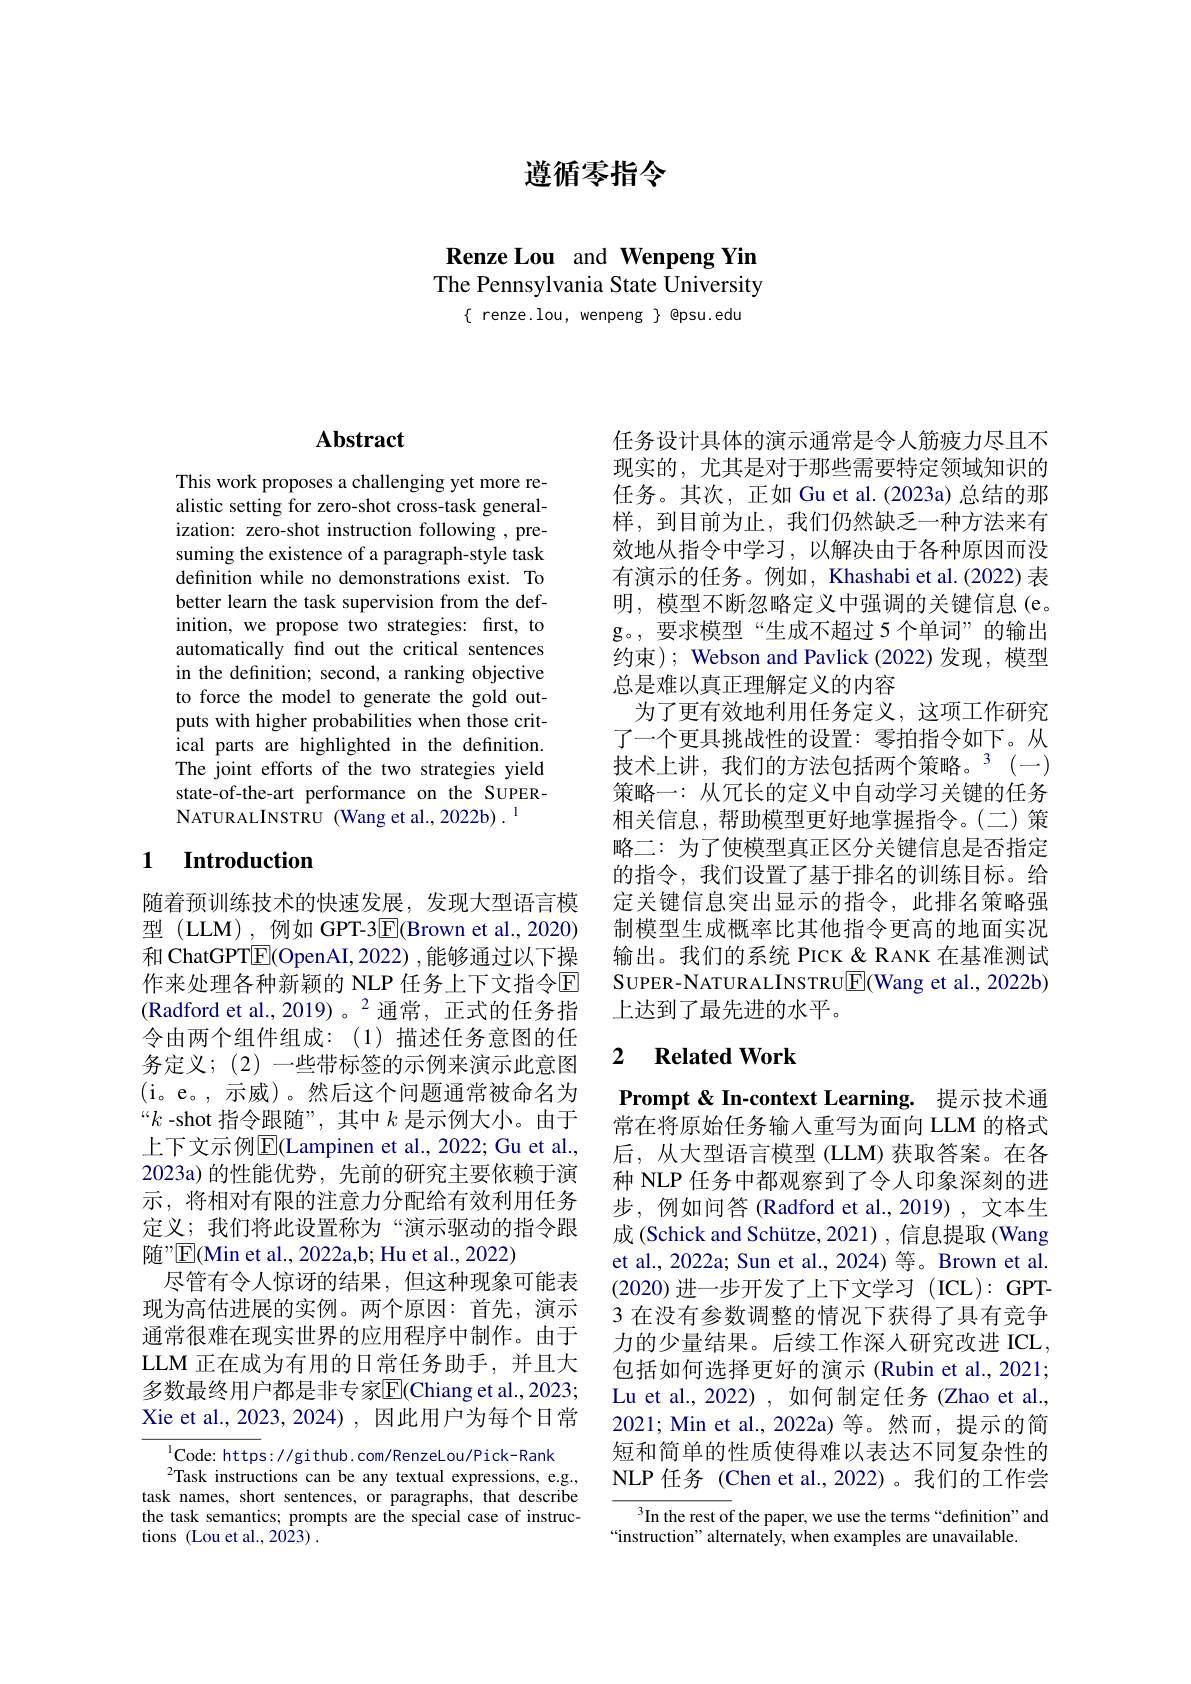
遵循零指令

Renze Lou and Wenpeng Yin The Pennsylvania State University
$\{$ renze.lou, wenpeng $\}$ @psu.edu

# Abstract

This work proposes a challenging yet more realistic setting for zero-shot cross-task generalization: zero-shot instruction following , presuming the existence of a paragraph-style task definition while no demonstrations exist. To better learn the task supervision from the definition, we propose two strategies: first, to automatically find out the critical sentences in the definition; second, a ranking objective to force the model to generate the gold outputs with higher probabilities when those critical parts are highlighted in the definition. The joint efforts of the two strategies yield state-of-the-art performance on the SUPERNATURALINSTRU (Wang et al., 2022b) .$^{\mathrm{l}}$

### 1 Introduction

随着预训练技术的快速发展，发现大型语言模$\text{型 ( LLM) , 例 如 GPT- 3\boxed{F}( Brown et al. , 2020) }$ 和 ChatGPT$\overline{\mathrm{E}}($OpenAI,2022),能够通过以下操作来处理各种新颖的 NLP 任务上下文指令$\mathbb{E}$ (Radford et al.,2019)。$^{2}$通常，正式的任务指令由两个组件组成：(1)描述任务意图的任务定义；(2) 一些带标签的示例来演示此意图(i。e。,示威)。然后这个问题通常被命名为“$k$ -shot 指令跟随”, 其中$k$是示例大小。由于上下文示例$\mathbb{E}($Lampinen et al., 2022; Gu et al., 2023a)的性能优势，先前的研究主要依赖于演示，将相对有限的注意力分配给有效利用任务定义；我们将此设置称为“演示驱动的指令跟随”E(Min et al., 2022a,b; Hu et al., 2022)
尽管有令人惊讶的结果，但这种现象可能表现为高估进展的实例。两个原因：首先，演示通常很难在现实世界的应用程序中制作。由于LLM 正在成为有用的日常任务助手，并且大多数最终用户都是非专家$\overline{\mathrm{E}}($Chiang et al.,2023; Xie et al.,2023,2024),因此用户为每个日常

$^{\mathrm{l}}$Code: https: //github. com/RenzeLou/Pick-Rank
$^{2}$Task instructions can be any textual expressions, e.g., task names, short sentences, or paragraphs, that describe the task semantics; prompts are the special case of instructions (Lou et al., 2023) .

任务设计具体的演示通常是令人筋疲力尽且不现实的，尤其是对于那些需要特定领域知识的任务。其次，正如 Gu et al.(2023a) 总结的那样，到目前为止，我们仍然缺乏一种方法来有效地从指令中学习，以解决由于各种原因而没有演示的任务。例如，Khashabi et al.(2022) 表明，模型不断忽略定义中强调的关键信息(e。g。,要求模型“生成不超过 5 个单词”的输出约束); Webson and Pavlick (2022)发现，模型总是难以真正理解定义的内容
为了更有效地利用任务定义，这项工作研究了一个更具挑战性的设置：零拍指令如下。从技术上讲，我们的方法包括两个策略。$^3(-)$ 策略一：从冗长的定义中自动学习关键的任务相关信息，帮助模型更好地掌握指令。(二)策略二：为了使模型真正区分关键信息是否指定的指令，我们设置了基于排名的训练目标。给定关键信息突出显示的指令，此排名策略强制模型生成概率比其他指令更高的地面实况输出。我们的系统 PICK &RANK 在基准测试SUPER-NATURALINSTRU$\boxed{\mathrm{F}}($Wang et al., 2022b) 上达到了最先进的水平。

## 2 $\textbf{Related Work}$

Prompt & In-context Learning. 提示技术通常在将原始任务输入重写为面向 LLM 的格式后，从大型语言模型(LLM) 获取答案。在各种 NLP 任务中都观察到了令人印象深刻的进步，例如问答(Radford et al.,2019),文本生成 (Schick and Schütze, 2021) , 信息提取 (Wang et al., 2022a; Sun et al., 2024)等。Brown et al. (2020)进一步开发了上下文学习 (ICL):GPT- 3 在没有参数调整的情况下获得了具有竞争力的少量结果。后续工作深人研究改进 ICL, 包括如何选择更好的演示 (Rubin et al., 2021; Lu et al., 2022) , 如何制定任务 (Zhao et al., 2021; Min et al., 2022a) 等。然而，提示的简短和简单的性质使得难以表达不同复杂性的NLP 任务 (Chen et al.,2022)。我们的工作尝

$^{3}$In the rest of the paper, we use the terms“definition”and
“instruction" alternately, when examples are unavailable.